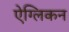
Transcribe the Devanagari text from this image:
ऐग्लिकन